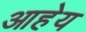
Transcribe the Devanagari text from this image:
आहेय